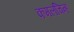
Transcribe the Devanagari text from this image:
कमलचिन्ह